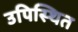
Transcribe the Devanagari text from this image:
उपिस्‍थित